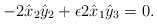
\begin{align*}-2\hat{x}_{2}\hat{y}_{2} + \epsilon 2 \hat{x}_{1} \hat{y}_{3}= 0.\end{align*}